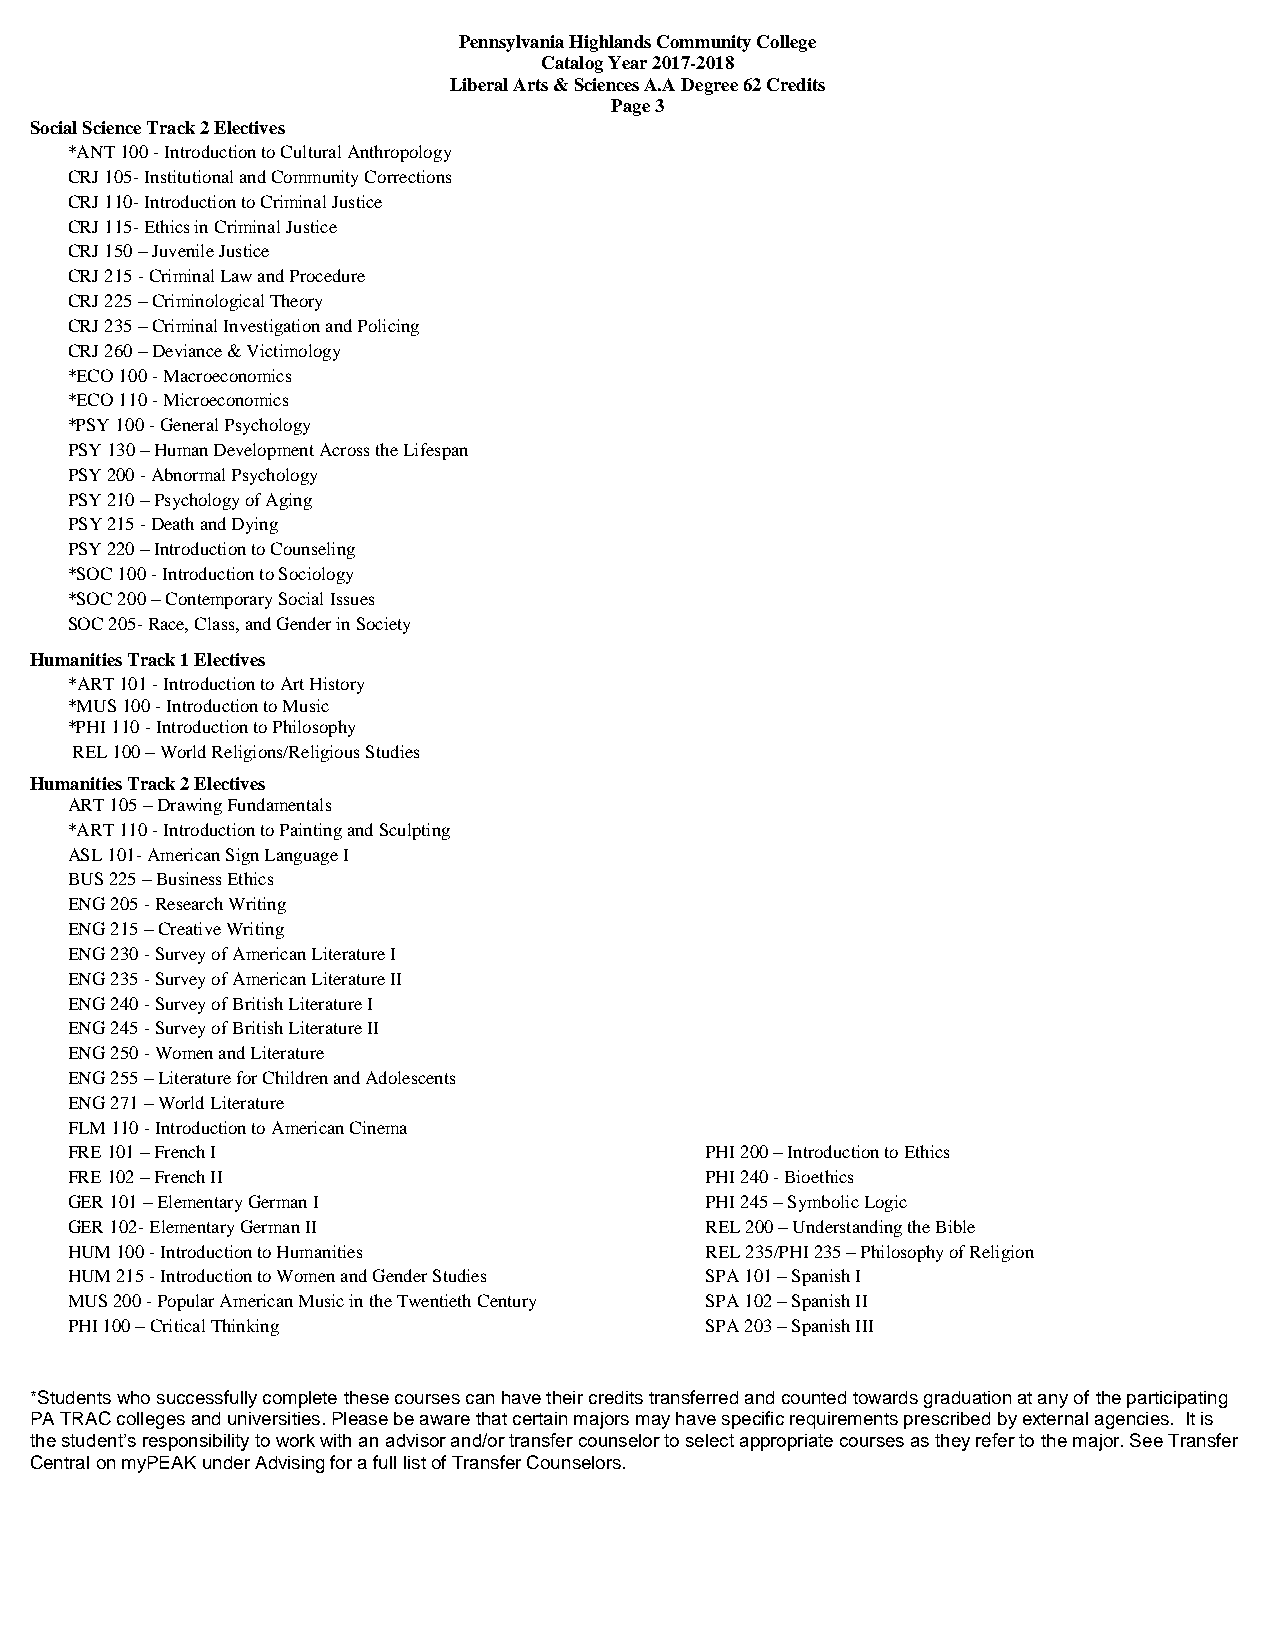
Pennsylvania Highlands Community College
 Catalog Year 2017-2018
 Liberal Arts & Sciences A.A Degree 62 Credits
 Page 3
 Social Science Track 2 Electives
 *ANT 100 - Introduction to Cultural Anthropology
 CRJ 105- Institutional and Community Corrections
 CRJ 110- Introduction to Criminal Justice
 CRJ 115- Ethics in Criminal Justice
 CRJ 150 – Juvenile Justice
 CRJ 215 - Criminal Law and Procedure
 CRJ 225 – Criminological Theory
 CRJ 235 – Criminal Investigation and Policing
 CRJ 260 – Deviance & Victimology
 *ECO 100 - Macroeconomics
 *ECO 110 - Microeconomics
 *PSY 100 - General Psychology
 PSY 130 – Human Development Across the Lifespan
 PSY 200 - Abnormal Psychology
 PSY 210 – Psychology of Aging
 PSY 215 - Death and Dying
 PSY 220 – Introduction to Counseling
 *SOC 100 - Introduction to Sociology
 *SOC 200 – Contemporary Social Issues
 SOC 205- Race, Class, and Gender in Society
 Humanities Track 1 Electives
 *ART 101 - Introduction to Art History
 *MUS 100 - Introduction to Music
 *PHI 110 - Introduction to Philosophy
 REL 100 – World Religions/Religious Studies
 Humanities Track 2 Electives
 ART 105 – Drawing Fundamentals
 *ART 110 - Introduction to Painting and Sculpting
 ASL 101- American Sign Language I
 BUS 225 – Business Ethics
 ENG 205 - Research Writing
 ENG 215 – Creative Writing
 ENG 230 - Survey of American Literature I
 ENG 235 - Survey of American Literature II
 ENG 240 - Survey of British Literature I
 ENG 245 - Survey of British Literature II
 ENG 250 - Women and Literature
 ENG 255 – Literature for Children and Adolescents
 ENG 271 – World Literature
 FLM 110 - Introduction to American Cinema
 FRE 101 – French I                         PHI 200 – Introduction to Ethics
 FRE 102 – French II                        PHI 240 - Bioethics
 GER 101 – Elementary German I              PHI 245 – Symbolic Logic
 GER 102- Elementary German II              REL 200 – Understanding the Bible
 HUM 100 - Introduction to Humanities       REL 235/PHI 235 – Philosophy of Religion
 HUM 215 - Introduction to Women and Gender Studies SPA 101 – Spanish I
 MUS 200 - Popular American Music in the Twentieth Century SPA 102 – Spanish II
 PHI 100 – Critical Thinking                SPA 203 – Spanish III
 *Students who successfully complete these courses can have their credits transferred and counted towards graduation at any of the participating
 PA TRAC colleges and universities. Please be aware that certain majors may have specific requirements prescribed by external agencies. It is
 the student’s responsibility to work with an advisor and/or transfer counselor to select appropriate courses as they refer to the major. See Transfer
 Central on myPEAK under Advising for a full list of Transfer Counselors.